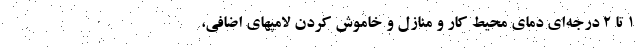
۱ تا ۲ درجه‌ای دمای محیط کار و منازل و خاموش کردن لامپهای اضافی،